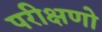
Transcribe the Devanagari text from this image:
परीक्षणो